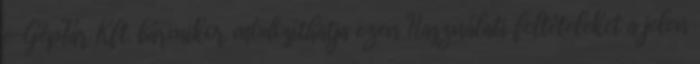
e-GépTár Kft. bármikor módosíthatja ezen Használati feltételeket a jelen